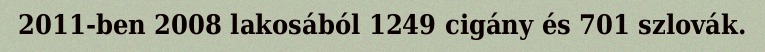
2011-ben 2008 lakosából 1249 cigány és 701 szlovák.